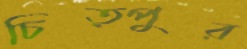
চিত্পুর